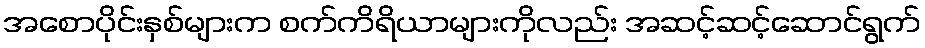
အစောပိုင်းနှစ်များက စက်ကိရိယာများကိုလည်း အဆင့်ဆင့်ဆောင်ရွက်